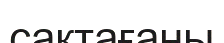
сақтағаны